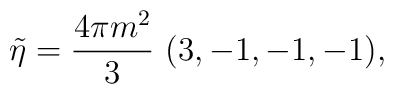
\tilde\eta = {4\pi m^2\over 3}\ (3, -1, -1, -1),